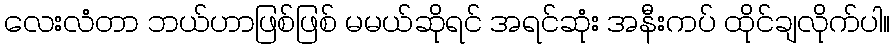
လေးလံတာ ဘယ်ဟာဖြစ်ဖြစ် မမယ်ဆိုရင် အရင်ဆုံး အနီးကပ် ထိုင်ချလိုက်ပါ။